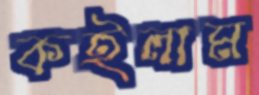
কইলাম